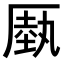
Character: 𠪑